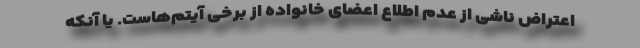
اعتراض ناشی از عدم اطلاع اعضای خانواده از برخی آیتم‌هاست. یا آنکه